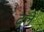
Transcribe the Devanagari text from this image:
ढ़ले